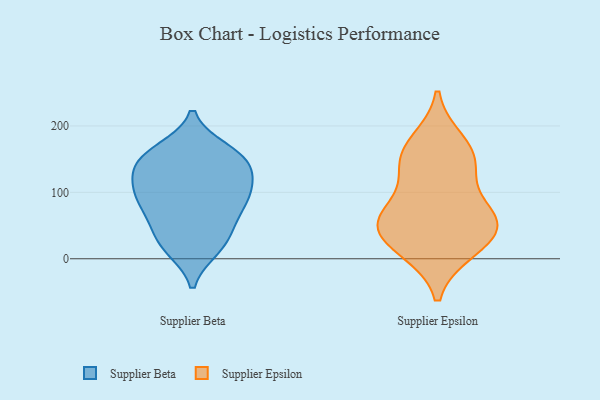
{"axis": {"x": "Population (Million)", "y": "Value"}, "legend": ["Supplier Beta", "Supplier Epsilon"], "data": [{"x": "", "y": 23, "type": "Supplier Beta"}, {"x": "", "y": 148, "type": "Supplier Beta"}, {"x": "", "y": 16, "type": "Supplier Beta"}, {"x": "", "y": 63, "type": "Supplier Beta"}, {"x": "", "y": 163, "type": "Supplier Beta"}, {"x": "", "y": 129, "type": "Supplier Beta"}, {"x": "", "y": 156, "type": "Supplier Beta"}, {"x": "", "y": 120, "type": "Supplier Beta"}, {"x": "", "y": 153, "type": "Supplier Beta"}, {"x": "", "y": 49, "type": "Supplier Beta"}, {"x": "", "y": 21, "type": "Supplier Beta"}, {"x": "", "y": 99, "type": "Supplier Beta"}, {"x": "", "y": 92, "type": "Supplier Beta"}, {"x": "", "y": 146, "type": "Supplier Beta"}, {"x": "", "y": 72, "type": "Supplier Beta"}, {"x": "", "y": 97, "type": "Supplier Beta"}, {"x": "", "y": 100, "type": "Supplier Beta"}, {"x": "", "y": 131, "type": "Supplier Epsilon"}, {"x": "", "y": 66, "type": "Supplier Epsilon"}, {"x": "", "y": 59, "type": "Supplier Epsilon"}, {"x": "", "y": 13, "type": "Supplier Epsilon"}, {"x": "", "y": 159, "type": "Supplier Epsilon"}, {"x": "", "y": 143, "type": "Supplier Epsilon"}, {"x": "", "y": 66, "type": "Supplier Epsilon"}, {"x": "", "y": 43, "type": "Supplier Epsilon"}, {"x": "", "y": 176, "type": "Supplier Epsilon"}, {"x": "", "y": 17, "type": "Supplier Epsilon"}, {"x": "", "y": 51, "type": "Supplier Epsilon"}]}